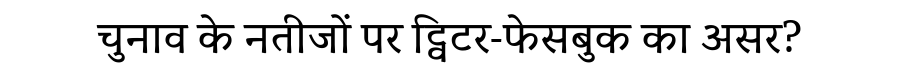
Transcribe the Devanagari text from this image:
चुनाव के नतीजों पर ट्विटर-फेसबुक का असर?